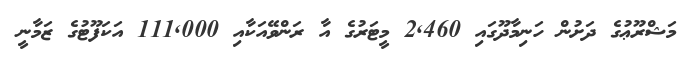
މަޝްރޫޢުގެ ދަށުން ހަނިމާދޫގައި 2